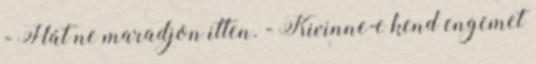
- Hát ne maradjon itten. - Kivinne-e kend engemet